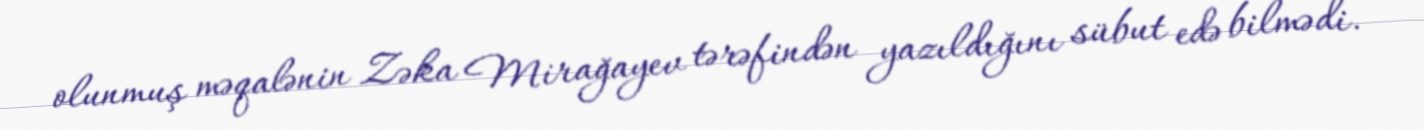
olunmuş məqalənin Zəka Mirağayev tərəfindən yazıldığını sübut edə bilmədi.